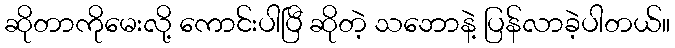
ဆိုတာကိုမေးလို့ ကောင်းပါပြီ ဆိုတဲ့ သဘောနဲ့ ပြန်လာခဲ့ပါတယ်။